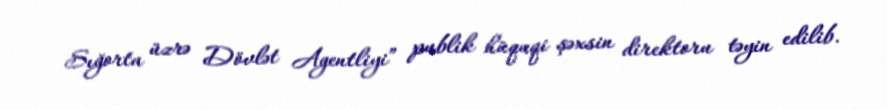
Sığorta üzrə Dövlət Agentliyi” publik hüquqi şəxsin direktoru təyin edilib.